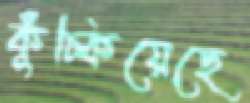
কুঁচ্‌কিয়েছে